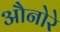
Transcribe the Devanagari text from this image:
औनोरे